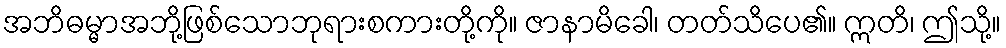
အဘိဓမ္မာအဘို့ဖြစ်သောဘုရားစကားတို့ကို။ ဇာနာမိခေါ၊ တတ်သိပေ၏။ ဣတိ၊ ဤသို့။